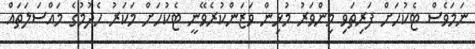
ނަމަވެސް ޓެކުހަށް ފަރިތަވި މިންވަރު މުޅިން ވަޒަންކުރެވޭނީ ޓެކުހަށް މަކަރު ހެދުމުގެ މައްސަލަތައް